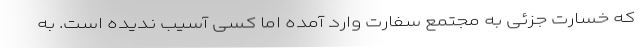
که خسارت جزئی به مجتمع سفارت وارد آمده اما کسی آسیب ندیده است. به